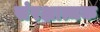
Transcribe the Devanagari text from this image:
संरक्षात्मक